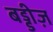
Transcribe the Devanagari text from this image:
बड्डीज़